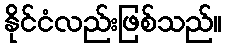
နိုင်ငံလည်းဖြစ်သည်။